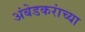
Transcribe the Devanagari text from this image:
अंबेडकरांच्या